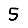
Digit: 5